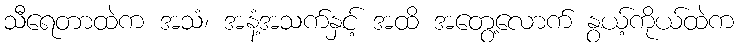
သီရေတာထဲက အသံ၊ အနံ့အသက်နှင့် အထိ အတွေ့လောက် နွယ့်ကိုယ်ထဲက